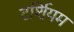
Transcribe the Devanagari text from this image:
टर्शियम